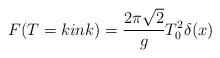
LaTeX: \begin{align*}F(T=kink)=\frac{2\pi\sqrt{2}}{g}T^2_0\delta (x)\end{align*}